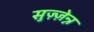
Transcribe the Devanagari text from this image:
सुज़्ज़ेन्न